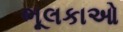
ભૂલકાઓ